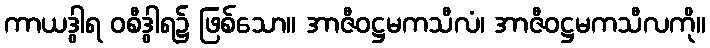
ကာယဒွါရ ဝစီဒွါရ၌ ဖြစ်သော။ အာဇီဝဋ္ဌမကသီလံ၊ အာဇီဝဋ္ဌမကသီလကို။